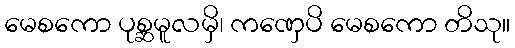
မေစကော ပုစ္ဆမူလမှိ၊ ကဏှေပိ မေစကော တိသု။